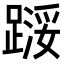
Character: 𬧇